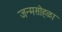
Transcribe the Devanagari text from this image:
जन्मसोहळा